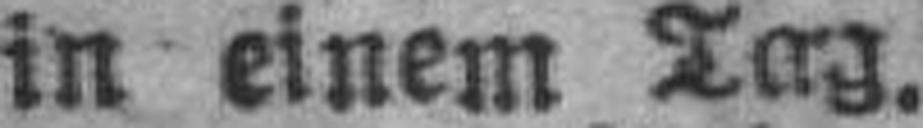
in einem Tag.